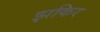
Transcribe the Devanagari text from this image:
झकिर